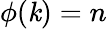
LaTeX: \phi(\mathit{k})=n